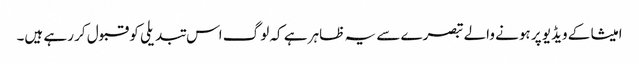
امیشا کے ویڈیو پر ہونے والے تبصرے سے یہ ظاہر ہے کہ لوگ اس تبدیلی کو قبول کر رہے ہیں۔